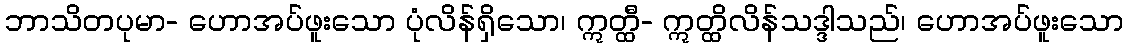
ဘာသိတပုမာ- ဟောအပ်ဖူးသော ပုံလိန်ရှိသော၊ ဣတ္ထီ- ဣတ္ထိလိန်သဒ္ဒါသည်၊ ဟောအပ်ဖူးသော